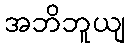
အဘိဘူယျ